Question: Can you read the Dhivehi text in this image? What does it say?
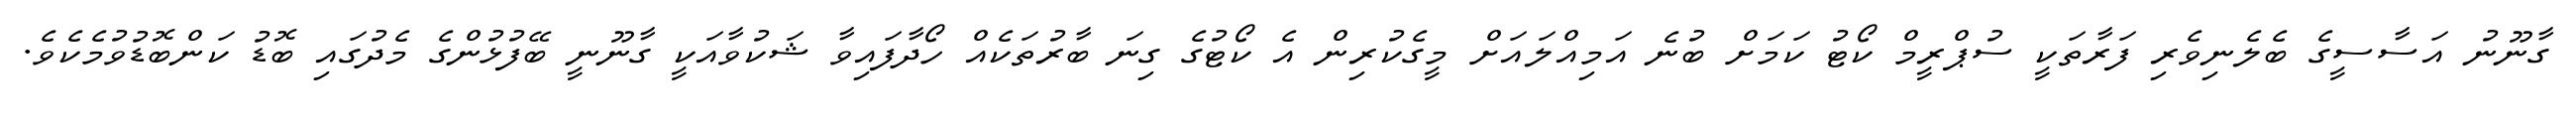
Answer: ގާނޫނު އަސާސީގެ ބެލެނިވެރި ފަރާތަކީ ސުޕްރީމް ކޯޓު ކަމަށް ބުނެ އަމިއްލައަށް މީގެކުރިން އެ ކޯޓުގެ ގިނަ ބާރުތަކެއް ހޯދާފައިވާ ޝަކުވާއަކީ ގާނޫނީ ބޭފުޅުންގެ މެދުގައި ބޮޑު ކަންބޮޑުވުމެކެވެ.